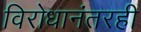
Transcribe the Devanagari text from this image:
विरोधानंतरही